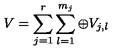
V = \sum _ { j = 1 } ^ { r } \sum _ { l = 1 } ^ { m _ { j } } \oplus V _ { j , l }